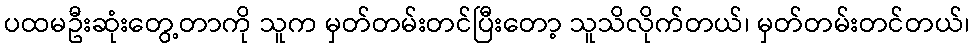
ပထမဦးဆုံးတွေ့တာကို သူက မှတ်တမ်းတင်ပြီးတော့ သူသိလိုက်တယ်၊ မှတ်တမ်းတင်တယ်၊